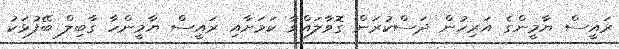
ރައީސް ޔާމީންގެ އަރިހުން ދަސްކުރަން ގޮވާލައްވާ ކަމަށާއި ރައީސް ޔާމީންހާ ގާބިލް ބޭފުޅަކު